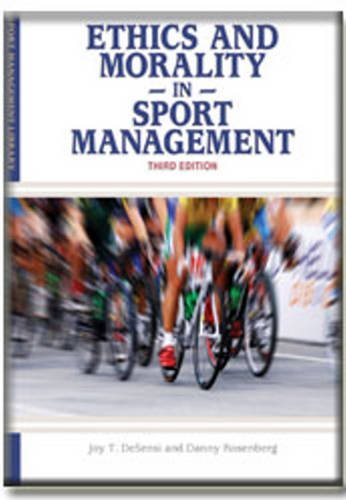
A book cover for Ethics and Morality in Sport Management (Sport Management Library); Joy Theresa Desensi; Business & Money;